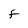
Character: f